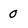
Character: 0